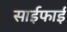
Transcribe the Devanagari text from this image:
साईफाई